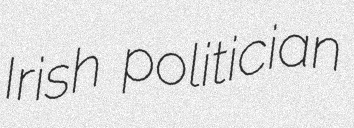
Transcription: Irish politician